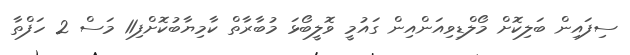
ސިފައިން ބަލިކޮށް މޯލްޑިވިއަންއިން ގައުމީ ވޮލީބޯޅަ މުބާރާތް ކާމިޔާބުކޮށްފި11 މަސް 2 ހަފްތާ